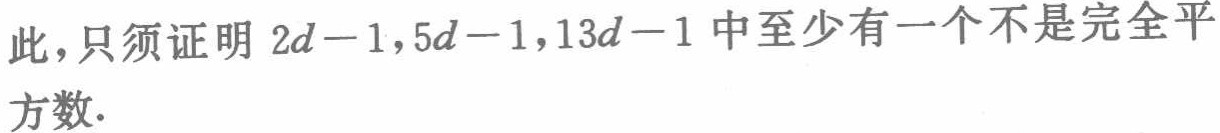
此,只须证明 \(2d - 1,5d - 1,13d - 1\) 中至少有一个不是完全平方数.